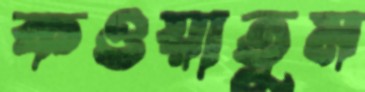
কওয়াতুম